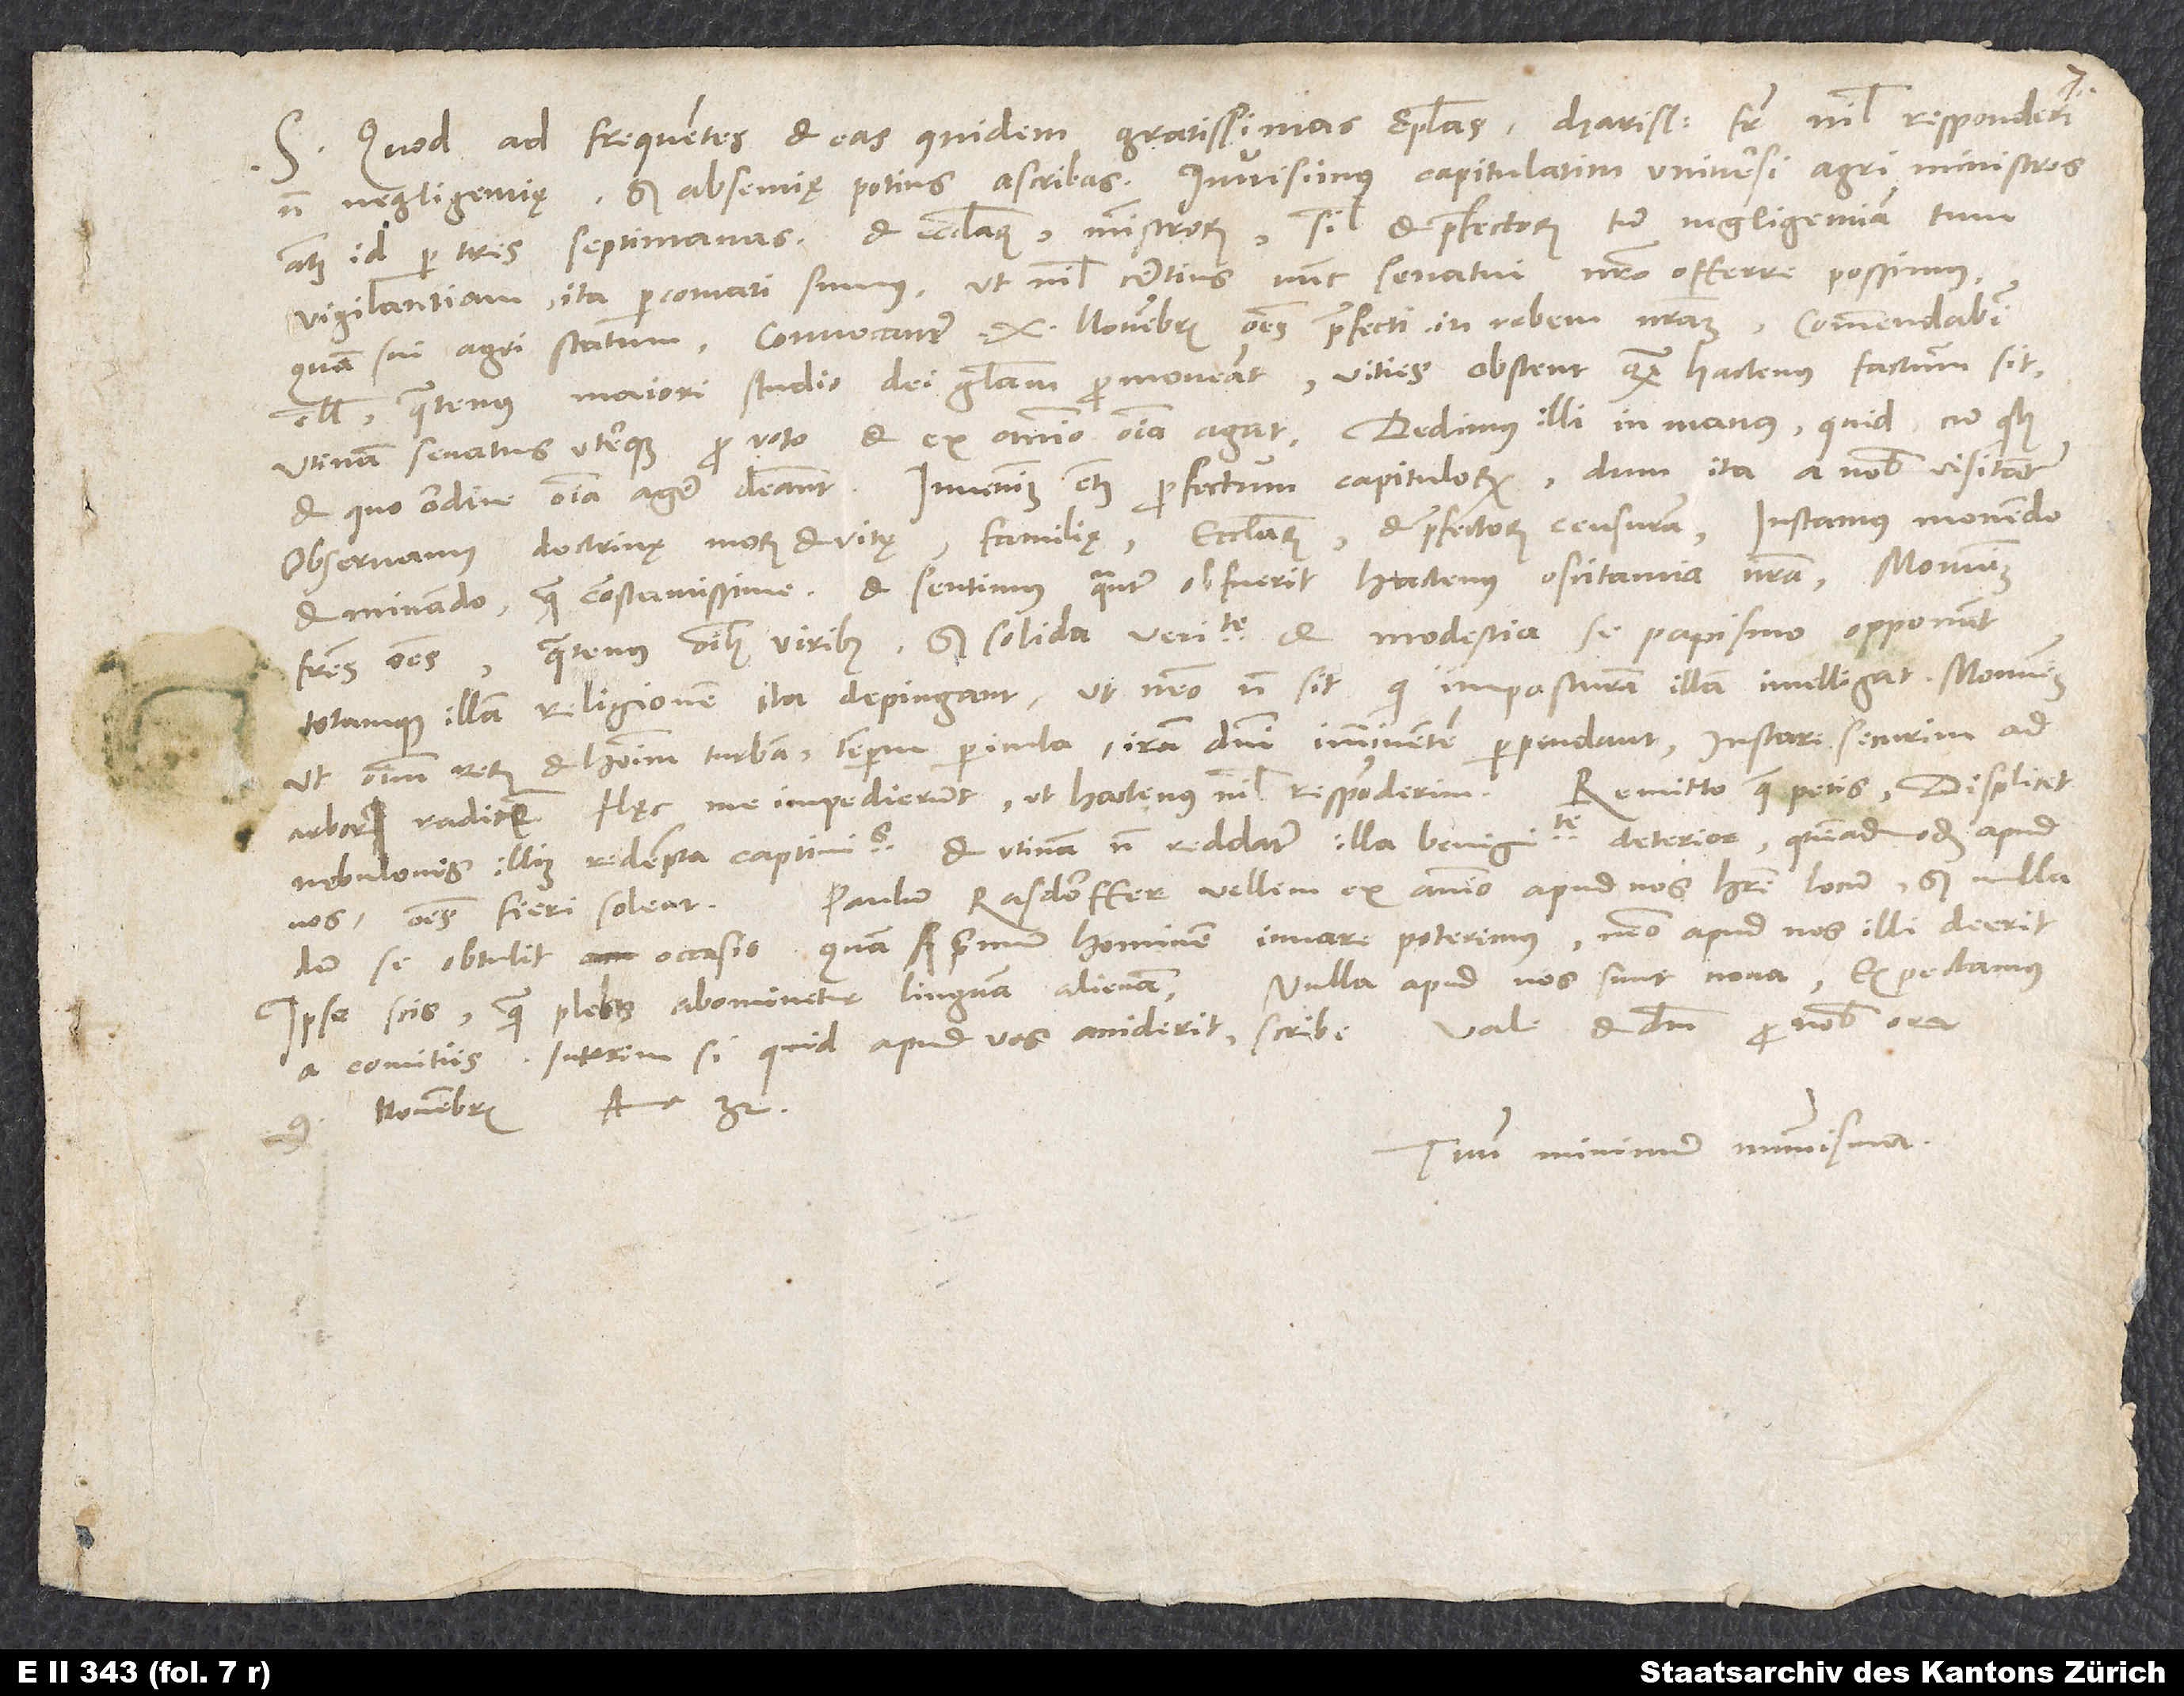
S. Quod ad frequentes et eas quidem gratissimas epistolas, charissime frater, nihil responderim,
non negligentię, sed absentię potius ascribas. Invisimus capitulatim universi agri ministros,
atque id per tres septimanas, et ecclesiarum, ministrorum, simul et praefectorum tum negligentiam, tum
vigilantiam ita percontati sumus, ut nihil certius nunc senatui nostro offerre possimus
quam sui agri statum. Convocantur 10. novembris omnes praefecti in urbem nostram. Commendabitur
illis, quatenus maiori studio dei gloriam promoveant, vitiis obstent, quam hactenus factum sit.
Utinam senatus uterque pro voto et ex animo omnia agat. Dedimus illi in manus, quid, cum quibus
et quo ordine omnia agere debeant. Invenimus etiam profectum capitulorum, dum ita a nobis visitantur.
Observamus doctrinę, morum et vitę, familię, ecclesiarum et praefectorum censuram, instamus monendo
et minando quam constantissime, et sentimus, quantum obfuerit hactenus oscitantia nostra. Monuimus
quatenus omnibus viribus, sed solida veritate et modestia, se papismo opponant
fratres omnes,
totamque illam religionem ita depingant, ut nemo non sit, qui imposturam illam intelligat. Monuimus,
ut omnium rerum et hominum turbam, temporum pericula, iram domini imminentem perpendant instare securim ad
nebulonis illius redempta captivitas, et utinam non reddatur illa benignitate deterior, quemadmodum apud
Paulum Rasdorffer vellem ex animo apud nos habere locum, sed nulla
nos omnes fieri soleat.
se obtulit occasio. Quam primum hominem iuvare poterimus, nemo apud nos illi deerit.
9. novembris anno 32.
Tuum minimum nummisma.